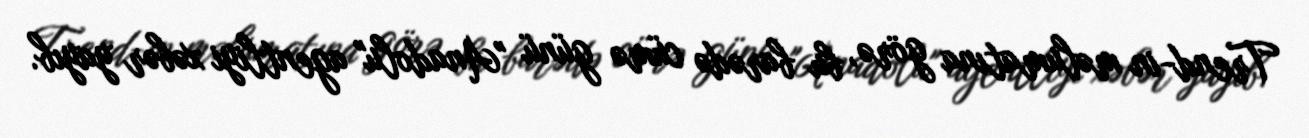
Trend-in məlumatına görə, bu barədə cümə günü "Anadolu" agentliyi xəbər yayıb.